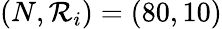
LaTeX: (N,\mathcal{R}_{i})=(80,10)